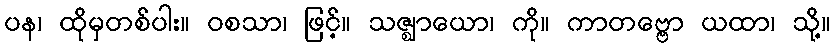
ပန၊ ထိုမှတစ်ပါး။ ဝစသာ၊ ဖြင့်။ သဇ္ဈာယော၊ ကို။ ကာတဗ္ဗော ယထာ၊ သို့။